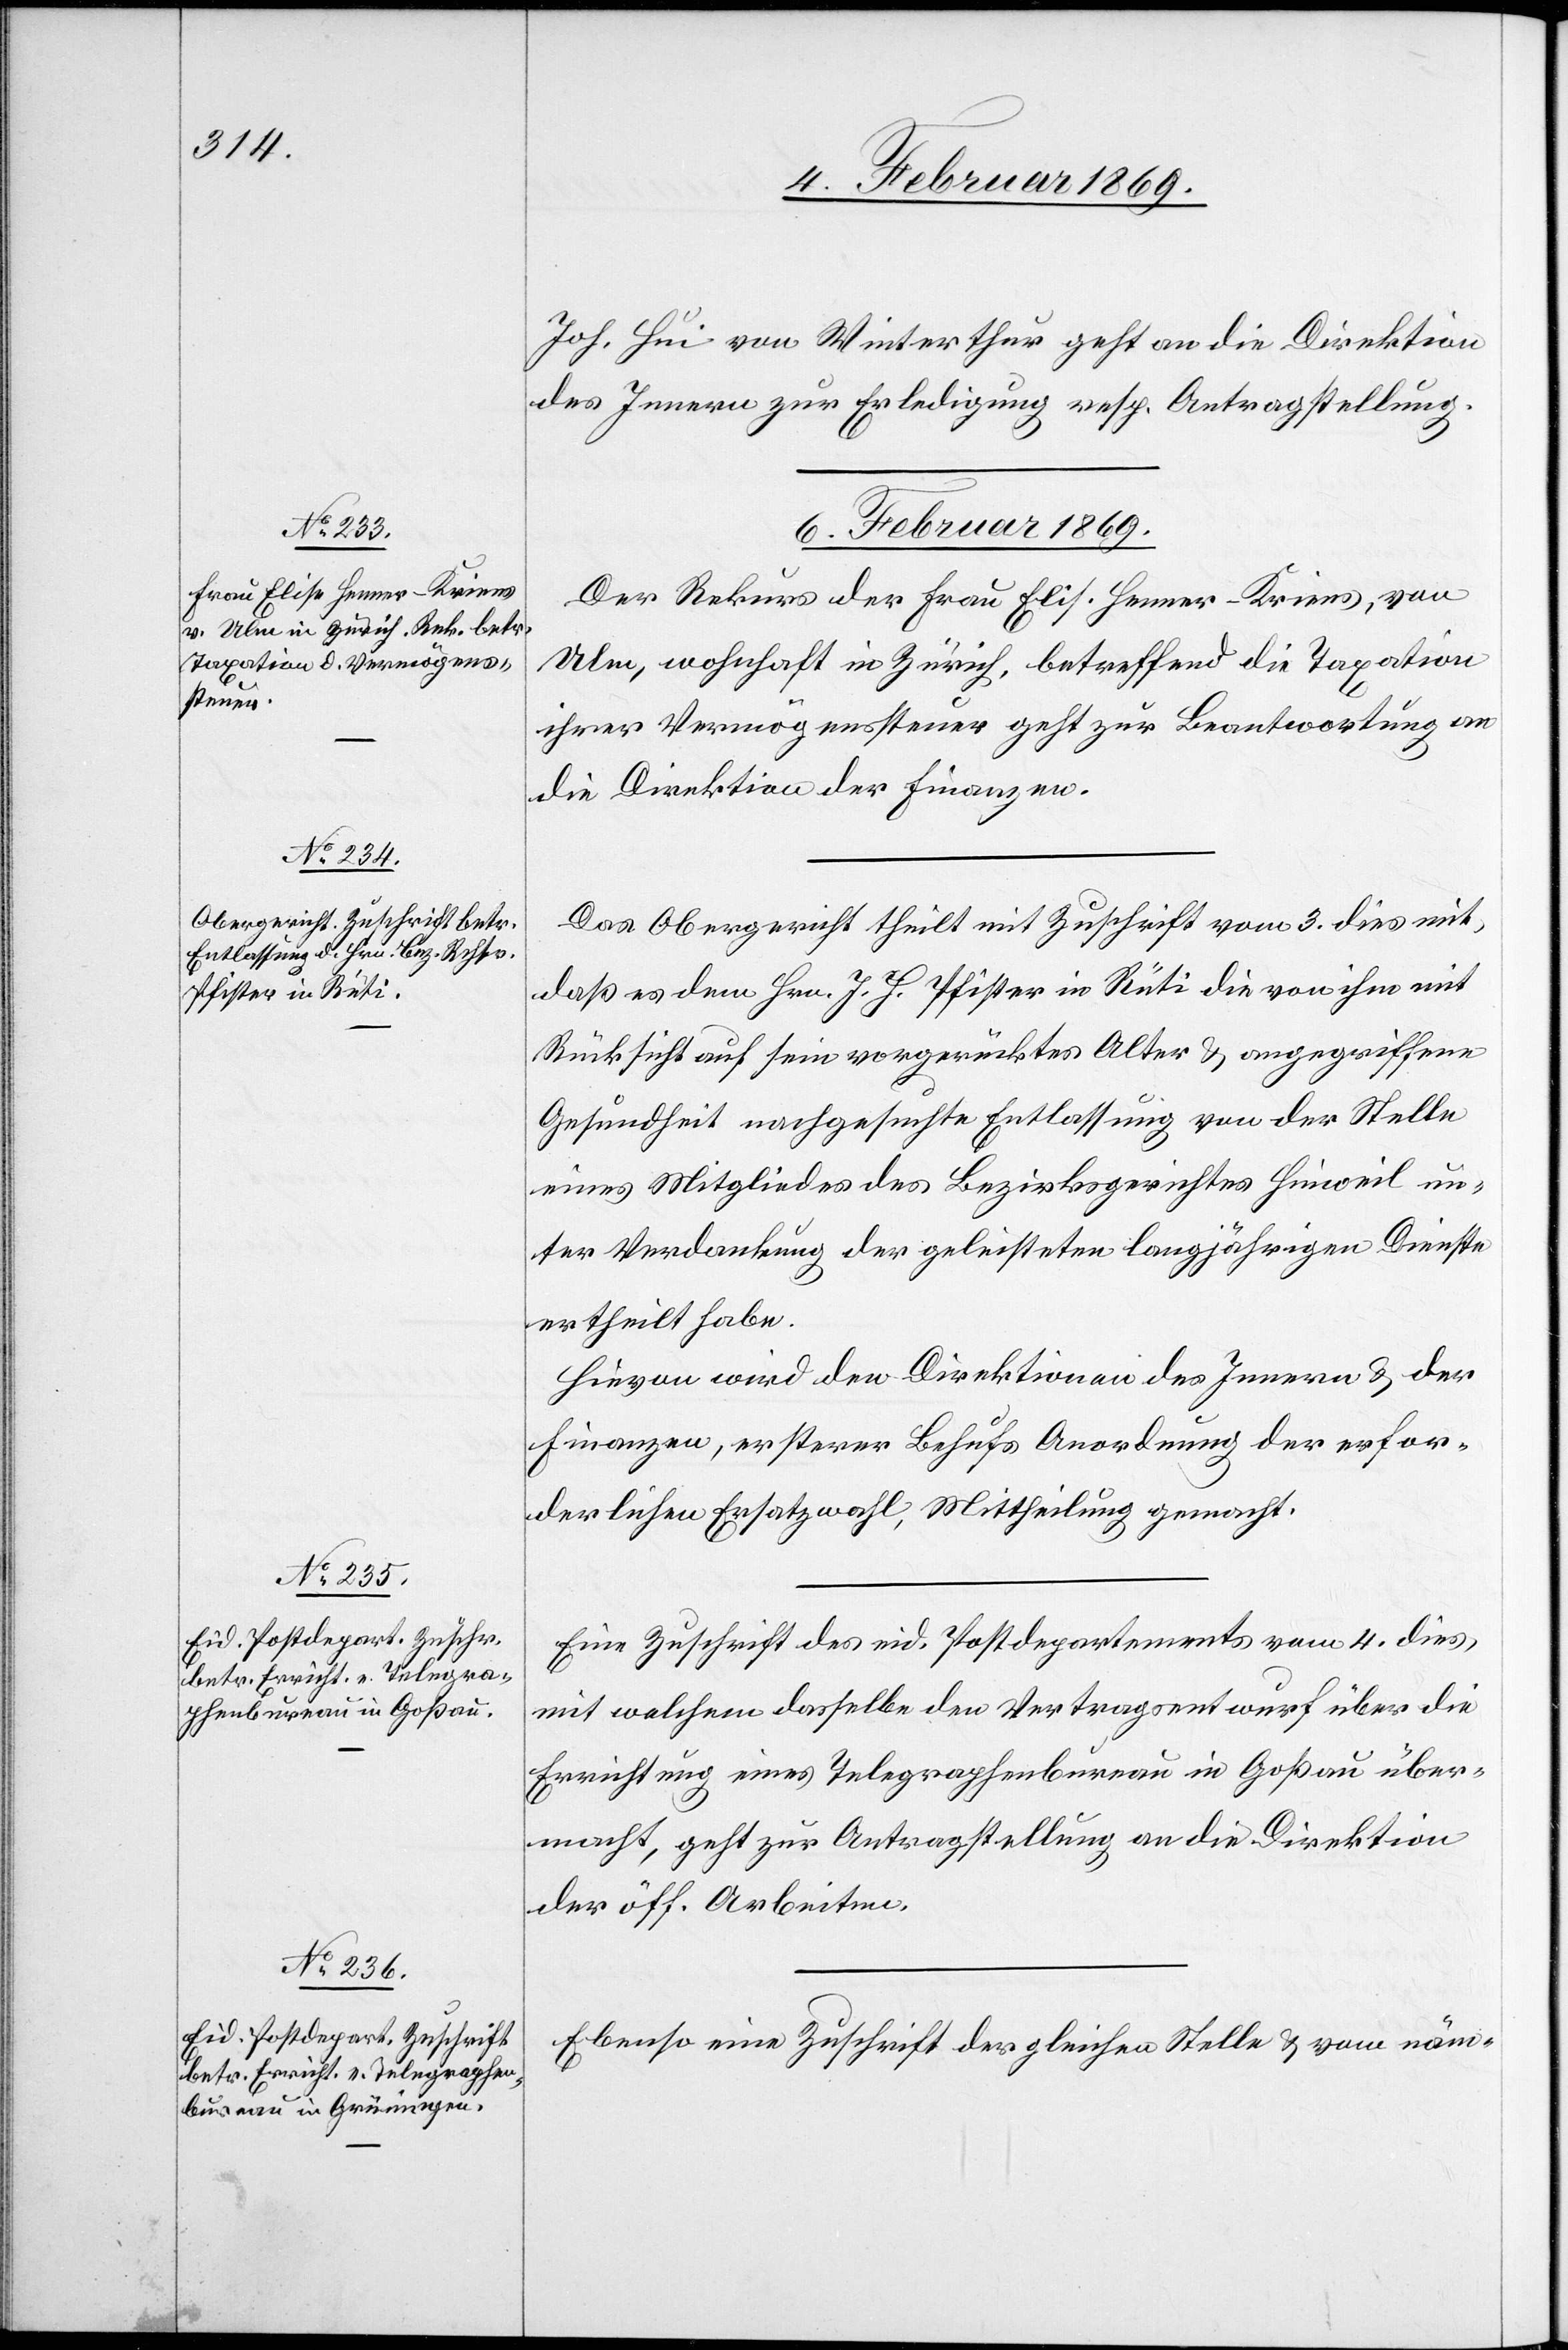
Joh. Hui von Winterthur geht an die Direktion
des Innern zur Erledigung resp. Antragstellung.
6. Februar 1869.]
Der Rekurs der Frau Elis. Henner-Kriens, von
Ulm, wohnhaft in Zürich, betreffend die Taxation
ihrer Vermögenssteuer geht zur Beantwortung an
die Direktion der Finanzen.
Das Obergericht theilt mit Zuschrift vom 3. dies mit,
daß es dem Hrn. J. P. Pfister in Rüti die von ihm mit
Rücksicht auf sein vorgerücktes Alter u. angegriffene
Gesundheit nachgesuchte Entlassung von der Stelle
eines Mitgliedes des Bezirksgerichtes Hinweil un¬
ter Verdankung der geleisteten langjährigen Dienste
ertheilt habe.
Hievon wird den Direktionen des Innern u. der
Finanzen, ersterer Behufs Anordnung der erfor¬
derlichen Ersatzwahl, Mittheilung gemacht.
Eine Zuschrift des eid. Postdepartements vom 4. dies,
mit welchem dasselbe den Vertragsentwurf über die
Errichtung eines Telegraphenbureau in Goßau über¬
macht, geht zur Antragstellung an die Direktion
der öff. Arbeiten.
Ebenso eine Zuschrift der gleichen Stelle u. vom näm-